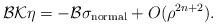
LaTeX: \begin{align*}\mathcal{B}\mathcal{K}\eta=-\mathcal{B}\sigma_\mathrm{normal}+O(\rho^{2n+2}).\end{align*}